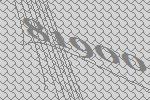
81900